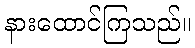
နားထောင်ကြသည်။